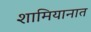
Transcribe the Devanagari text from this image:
शामियानात